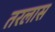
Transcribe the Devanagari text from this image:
तरलास